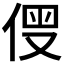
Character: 𠊗